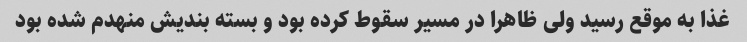
غذا به موقع رسید ولی ظاهرا در مسیر سقوط کرده بود و بسته بندیش منهدم شده بود